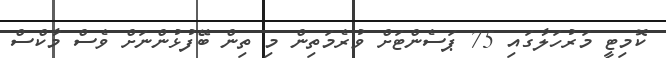
ކޮމިޓީ މަރުހަލާގައި 75 ޕަސެންޓަށް ވުރެމަތިން މި ތިން ބޭފުޅުންނަށް ވެސް މާކްސް